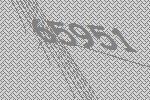
65951